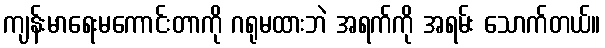
ကျန်းမာရေးမကောင်းတာကို ဂရုမထားဘဲ အရက်ကို အရမ်း သောက်တယ်။